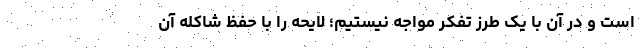
است و در آن با یک طرز تفکر مواجه نیستیم؛ لایحه را با حفظ شاکله آن